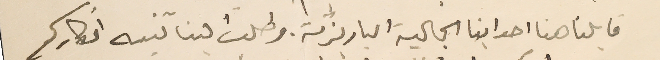
قابلنا هنا احد ابنا الجالية الباريزية. وطلب الينا تنبه افكاركم